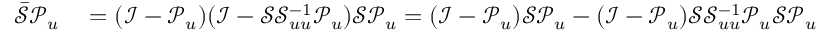
\begin{array} { r l } { \bar { \mathcal { S } } \mathcal { P } _ { u } } & { { } = ( \mathcal { I } - \mathcal { P } _ { u } ) ( \mathcal { I } - \mathcal { S } \mathcal { S } _ { u u } ^ { - 1 } \mathcal { P } _ { u } ) \mathcal { S } \mathcal { P } _ { u } = ( \mathcal { I } - \mathcal { P } _ { u } ) \mathcal { S } \mathcal { P } _ { u } - ( \mathcal { I } - \mathcal { P } _ { u } ) \mathcal { S } \mathcal { S } _ { u u } ^ { - 1 } \mathcal { P } _ { u } \mathcal { S } \mathcal { P } _ { u } } \end{array}